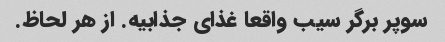
سوپر برگر سیب واقعا غذای جذابیه. از هر لحاظ.